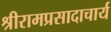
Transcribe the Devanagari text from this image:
श्रीरामप्रसादाचार्य